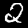
Label: 2